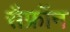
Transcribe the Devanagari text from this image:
सैफ्रॉन